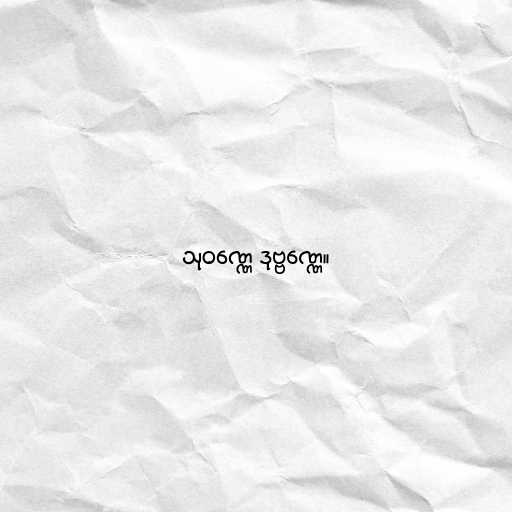
သုဝဏ္ဏေ ဒုဗ္ဗဏ္ဏေ။